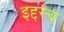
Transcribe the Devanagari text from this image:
इद्दरच